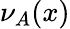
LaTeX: \nu_{A}(x)